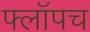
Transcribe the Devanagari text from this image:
फ्लॉपच